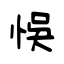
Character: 悮